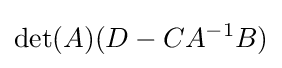
\det(A)(D-CA^{-1}B)